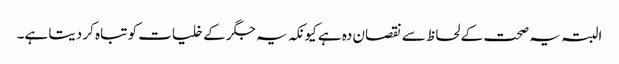
البتہ یہ صحت کے لحاظ سے نقصان دہ ہے کیونکہ یہ جگر کے خلیات کو تباہ کر دیتا ہے۔